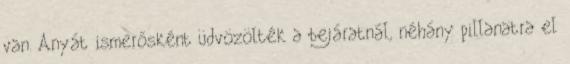
van. Anyát ismerősként üdvözölték a bejáratnál, néhány pillanatra el